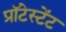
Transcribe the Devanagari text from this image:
प्रॉटेस्टेंट